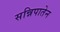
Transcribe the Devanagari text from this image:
सन्निपातेन